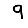
Digit: 9